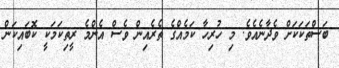
ބަސްތަކަކަށް ވެދާނެއެވެ. މި ހުރިހާ ކަމެއްގެ ތެރެއިން ވެސް އެންމެ ރީތިކަމަކީ ކޮބައިކަން